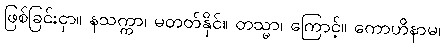
ဖြစ်ခြင်းငှာ။ နသက္ကာ၊ မတတ်နိုင်။ တသ္မာ၊ ကြောင့်။ ကောဟိနာမ၊